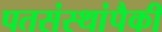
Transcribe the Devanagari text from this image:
पतसंस्थांपैकी